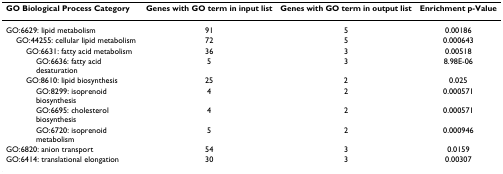
| GO Biological Process Category | Genes with GO term in input list | Genes with GO term in output list | Enrichment p-Value |
 | --- | --- | --- | --- |
 | GO:6629: lipid metabolism | 91 | 5 | 0.00186 |
 | GO:44255: cellular lipid metabolism | 72 | 5 | 0.000643 |
 | GO:6631: fatty acid metabolism | 36 | 3 | 0.00518 |
 | GO:6636: fatty acid desaturation | 5 | 3 | 8.98E-06 |
 | GO:8610: lipid biosynthesis | 25 | 2 | 0.025 |
 | GO:8299: isoprenoid biosynthesis | 4 | 2 | 0.000571 |
 | GO:6695: cholesterol biosynthesis | 4 | 2 | 0.000571 |
 | GO:6720: isoprenoid metabolism | 5 | 2 | 0.000946 |
 | GO:6820: anion transport | 54 | 3 | 0.0159 |
 | GO:6414: translational elongation | 30 | 3 | 0.00307 |